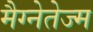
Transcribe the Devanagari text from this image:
मैग्नेतेज्म